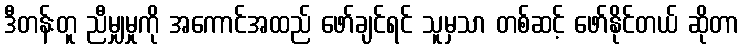
ဒီတန်းတူ ညီမျှမှုကို အကောင်အထည် ဖော်ချင်ရင် သူမှသာ တစ်ဆင့် ဖော်နိုင်တယ် ဆိုတာ